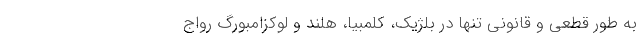
به طور قطعی و قانونی تنها در بلژیک، کلمبیا، هلند و لوکزامبورگ رواج